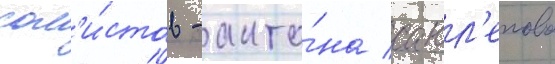
сол'и́стов - анто́на савл'епова